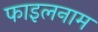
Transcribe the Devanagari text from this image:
फाइलनाम